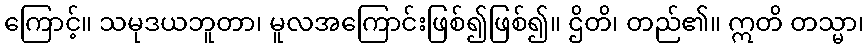
ကြောင့်။ သမုဒယဘူတာ၊ မူလအကြောင်းဖြစ်၍ဖြစ်၍။ ဌိတိ၊ တည်၏။ ဣတိ တသ္မာ၊